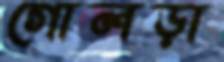
গোলড়া